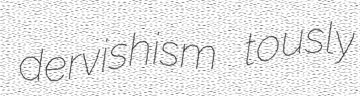
dervishism tously